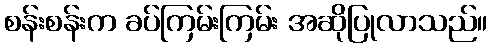
စန်းစန်းက ခပ်ကြမ်းကြမ်း အဆိုပြုလာသည်။